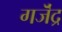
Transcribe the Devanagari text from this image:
गजॆंद्र